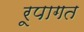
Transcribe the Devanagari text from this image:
रूपागत